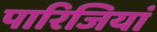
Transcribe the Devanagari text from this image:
पारिजियां